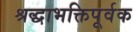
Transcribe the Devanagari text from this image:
श्रद्धाभक्तिपूर्वक